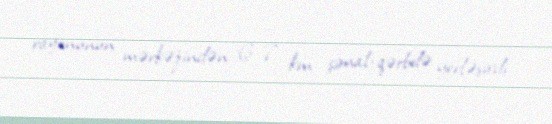
rayonunun mərkəzindən 6–7 km şimal-qərbdə yerləşirdi.